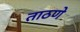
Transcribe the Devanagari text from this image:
ताठणे